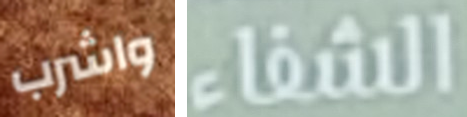
واشرب الشفاء